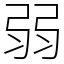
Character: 弱